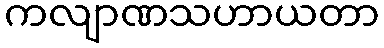
ကလျာဏသဟာယတာ